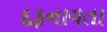
દફનાવતા